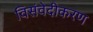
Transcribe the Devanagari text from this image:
विसंवेदीकरण